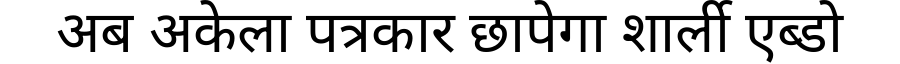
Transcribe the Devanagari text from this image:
अब अकेला पत्रकार छापेगा शार्ली एब्डो